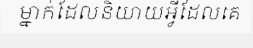
ម្នាក់ដែលនិយាយអ្វីដែលគេ